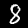
Digit: 8